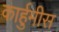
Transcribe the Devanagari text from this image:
कार्हुमीस